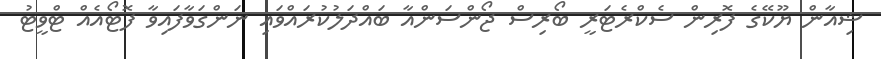
ޝިއާން ޔޫކޭގެ ފޮރިން ސެކްރެޓަރީ ބޯރިސް ޖޯންސަންއާ ބައްދަލުކުރައްވައި ނަންގަވާފައިވާ ފޮޓޯއެއް ޓްވީޓު